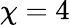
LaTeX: \chi=4